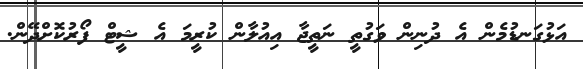
އަޅުގަނޑުމެން އެ ދުނިން ވަގުތީ ނަތީޖާ އިއުލާން ކުރީމަ އެ ޝީޓް ފޯރުކޮށްދޭން.